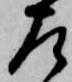
左